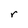
Character: r